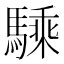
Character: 騬